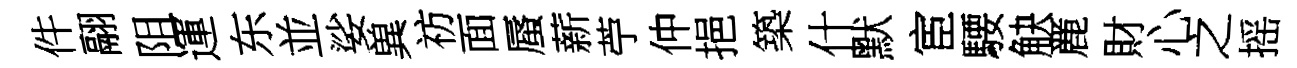
件翮阻運东並娑兾祊面蜃薪苧仲挹築什默宦騕觖䴡財心之摇